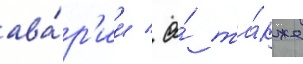
ава́р'ии / а́ та́кже